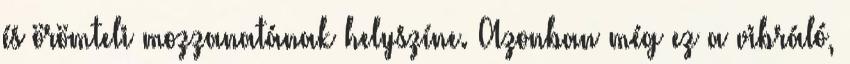
és örömteli mozzanatának helyszíne. Azonban még ez a vibráló,